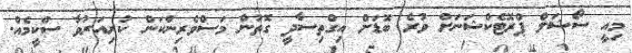
މިއީ ސޯޝަލް ޕްރޮޓެކްޝަނަށް ވުރެ ބޮޑަށް އިގްތިސާދީ ގޮތުން މަސްވެރިންކަން ކުރިއަރުވާ ސްކީމެއް.